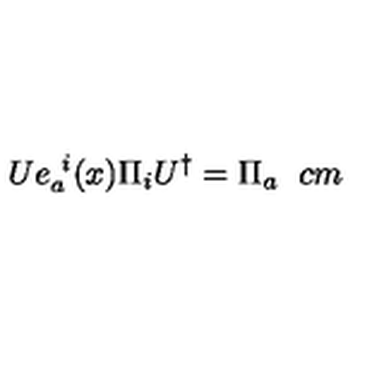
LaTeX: { \sl U } e _ { a } ^ { \ i } ( x ) \Pi _ { i } { \sl U } ^ { \dagger } = \Pi _ { a } \hspace { 6 c m }